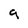
Character: 9